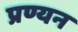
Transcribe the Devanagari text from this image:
प्रण्यन